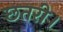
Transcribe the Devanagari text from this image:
छतरी।